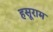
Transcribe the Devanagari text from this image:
हसूराम